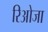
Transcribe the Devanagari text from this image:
रिओजा